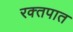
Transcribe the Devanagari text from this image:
रक्‍तपात